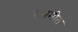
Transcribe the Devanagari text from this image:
संभ्रमीत